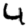
Digit: 4